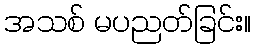
အသစ် မပညတ်ခြင်း။